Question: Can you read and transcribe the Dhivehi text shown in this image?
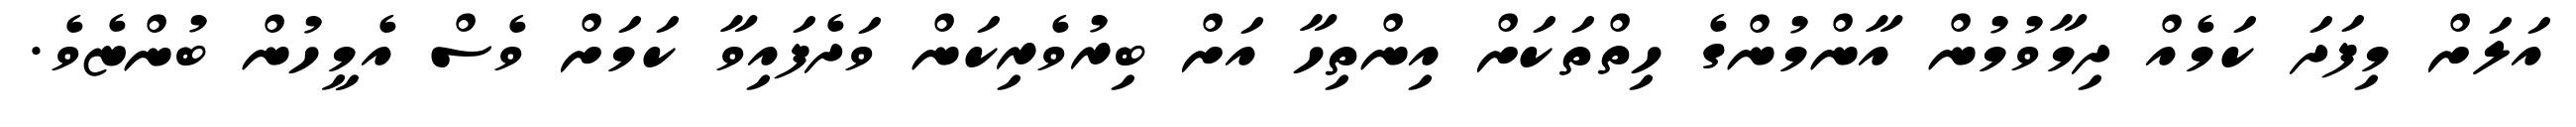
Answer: އަލަށް މިފަދަ ކަމެއް ދިމާވުމުން އާންމުންގެ ހިތްތަކަށް އިންތިހާ އަށް ބިރުވެރިކަން ވަދެފައިވާ ކަމަށް ވެސް އެމީހުން ބުންޏެވެ.